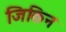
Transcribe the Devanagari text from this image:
जिकिन